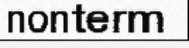
nonterm